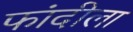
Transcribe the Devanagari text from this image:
फांदीला